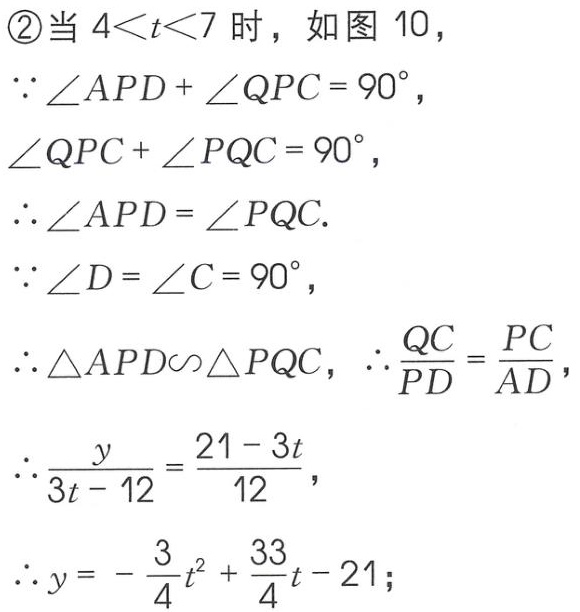
\begin{enumerate}
\item[\textcircled{2}] 当 \(4 < t < 7\) 时，如图 10，
\(\because\angle APD+\angle QPC = 90^{\circ}\)，
\(\angle QPC+\angle PQC = 90^{\circ}\)，
\(\therefore\angle APD=\angle PQC\).
\(\because\angle D=\angle C = 90^{\circ}\)，
\(\therefore\triangle APD\sim\triangle PQC\)，\(\therefore\frac{QC}{PD}=\frac{PC}{AD}\)，
\(\therefore\frac{y}{3t - 12}=\frac{21 - 3t}{12}\)，
\(\therefore y=-\frac{3}{4}t^{2}+\frac{33}{4}t - 21\)；
\end{enumerate}